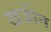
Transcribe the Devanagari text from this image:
खज़ीन